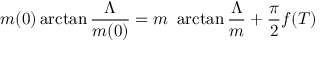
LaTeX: m ( 0 ) \arctan \frac { \Lambda } { m ( 0 ) } = m \ \arctan \frac { \Lambda } { m } + \frac { \pi } { 2 } f ( T )